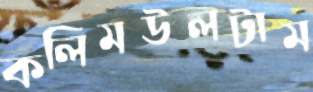
কলিমউলটাম